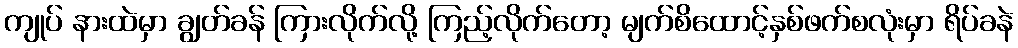
ကျုပ် နားထဲမှာ ချွတ်ခန် ကြားလိုက်လို့ ကြည့်လိုက်တော့ မျက်စိထောင့်နှစ်ဖက်စလုံးမှာ ရိပ်ခနဲ